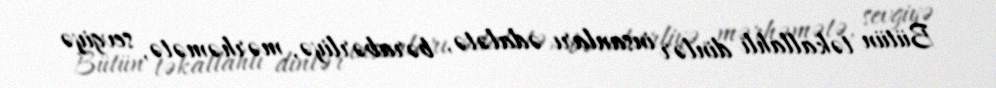
Bütün təkallahlı dinlər insanları ədalətə, bərabərliyə, mərhəmətə, sevgiyə